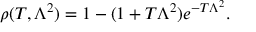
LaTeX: \rho ( T , \Lambda ^ { 2 } ) = 1 - ( 1 + T \Lambda ^ { 2 } ) e ^ { - T \Lambda ^ { 2 } } .